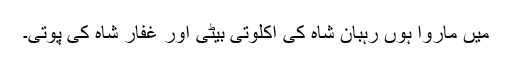
میں ماروا ہوں رہبان شاہ کی اکلوتی بیٹی اور غفار شاہ کی پوتی۔